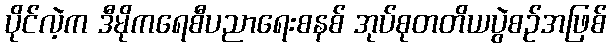
ပိုင်လဲ့က ဒီမိုကရေစီပညာရေးစနစ် အုပ်စုတတိယပွဲစဉ်အဖြစ်